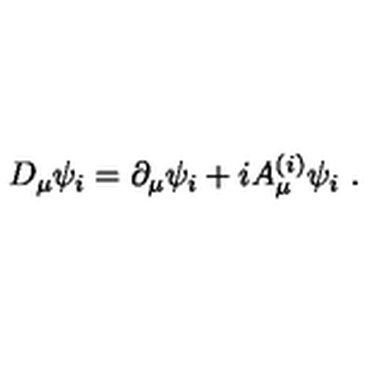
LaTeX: D _ { \mu } \psi _ { i } = \partial _ { \mu } \psi _ { i } + i A _ { \mu } ^ { ( i ) } \psi _ { i } \ .